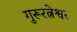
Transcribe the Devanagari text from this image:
गुरूरत्नेश्वर